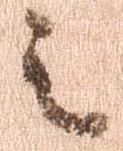
之